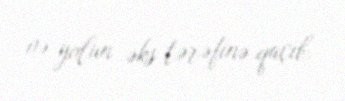
və yolun əks tərəfinə qaçıb.